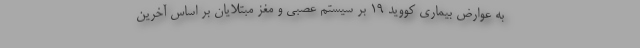
به عوارض بیماری کووید ۱۹ بر سیستم‌ عصبی و مغز مبتلایان بر اساس آخرین